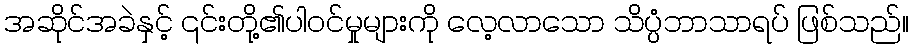
အဆိုင်အခဲနှင့် ၎င်းတို့၏ပါဝင်မှုများကို လေ့လာသော သိပ္ပံဘာသာရပ် ဖြစ်သည်။